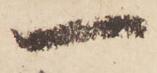
一